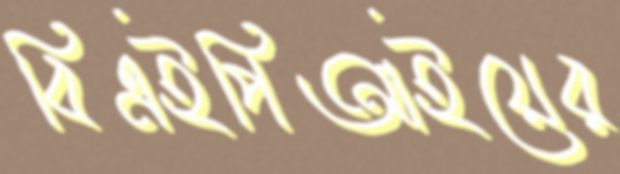
বিএইপিআইয়ের